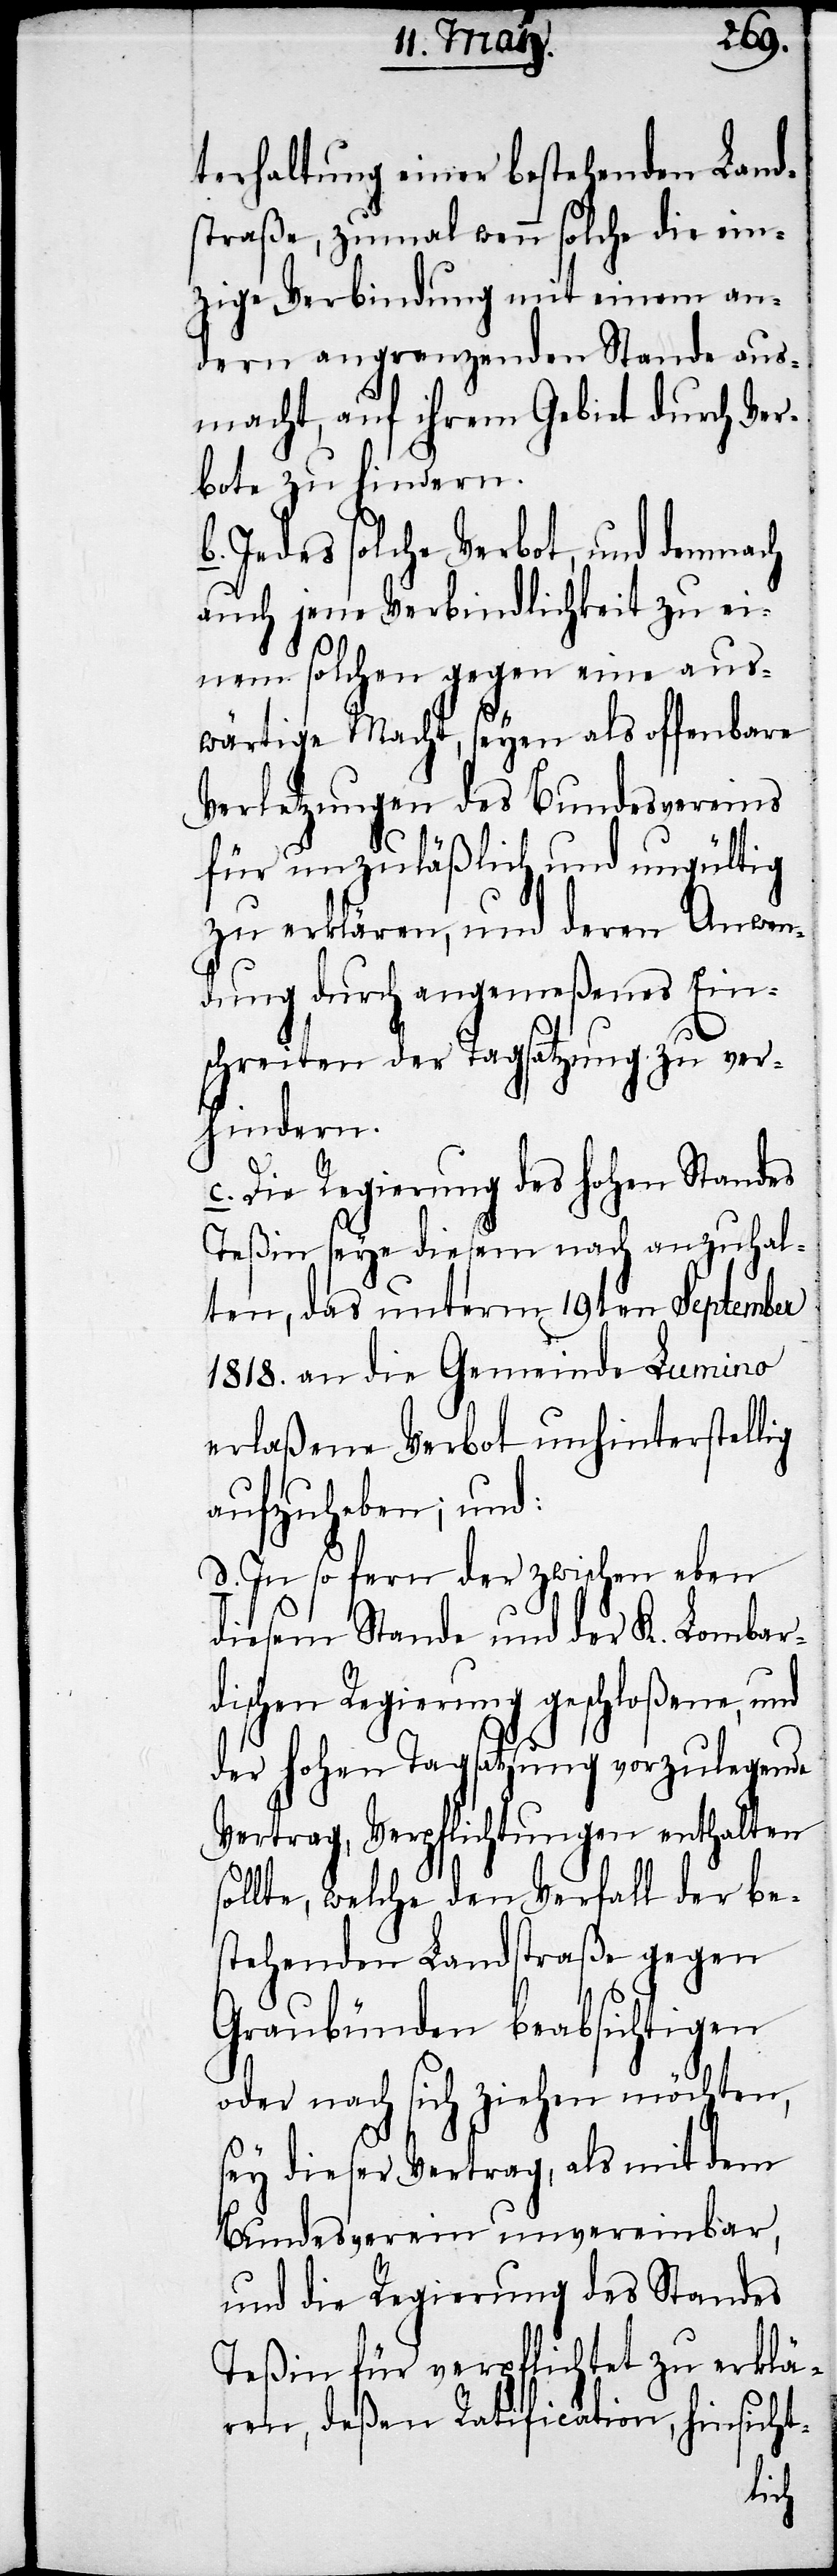
s¬
terhaltung einer bestehenden Land¬
straße, zumal wenn solche die ein¬
zige Verbindung mit einem an¬
dern angrenzenden Stande aus¬
macht, auf ihrem Gebiet durch Ver¬
bote zu hindern.
b. Indes solche Verbot, und demnach
auch jene Verbindlichkeit zu ei¬
nem solchen gegen eine aus¬
wärtige Macht, seyen als offenbare
Verletzungen des Bundesvereins
für unzuläßlich und ungültig
zu erklären, und deren Anwen¬
dung durch angemeßenes Ein¬
schreiten der Tagsatzung zu ver¬
hindern.
c. Die Regierung des hohen Standes
Teßin seye diesem nach anzuhal¬
ten, das unterm 19ten September
1818. an die Gemeinde Lumino
erlaßene Verbot unhinterstellig
aufzuheben; und:
d. In so fern der zwischen eben
diesem Stande und der K. Lombar¬
dischen Regierung geschloßene, und
der hohen Tagsatzung vorzulegende
Vertrag, Verpflichtungen enthalten
ollte, welche den Verfall der be¬
stehenden Landstraße gegen
Graubünden beabsichtigen
oder nach sich ziehen möchten,
sey dieser Vertrag, als mit dem
Bundesverein unvereinbar,
und die Regierung des Standes
Teßin für verpflichtet zu erklä¬
ren, deßen Ratification, hinsicht-